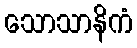
သောသာနိကံ